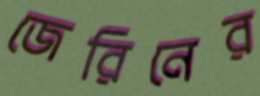
জেরিনের